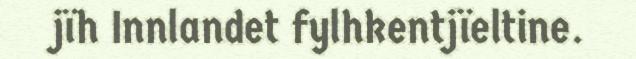
jïh Innlandet fylhkentjïeltine.